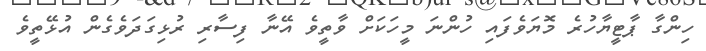
ހިންގާ ޕާޓީޔާހުރެ މޮޔަވެފައި ހުންނަ މީހަކަށް ވާތީވެ އޭނާ ފިސާރި ރުޅިގަދަވެގެން އުޅޭތީވެ